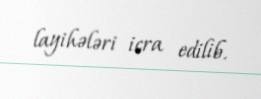
layihələri icra edilib.